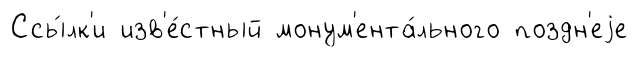
Ссы́лк'и изв'е́стный монум'ента́льного поздн'еjе